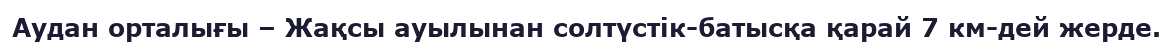
Аудан орталығы – Жақсы ауылынан солтүстік-батысқа қарай 7 км-дей жерде.